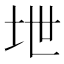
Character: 𪣅